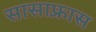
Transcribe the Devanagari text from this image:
सासाफ़्रास